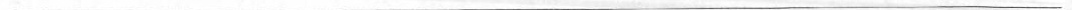
___